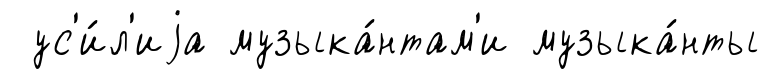
ус'и́л'иjа музыка́нтам'и музыка́нты